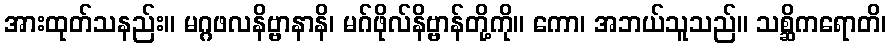
အားထုတ်သနည်း။ မဂ္ဂဖလနိဗ္ဗာနာနိ၊ မဂ်ဖိုလ်နိဗ္ဗာန်တို့ကို။ ကော၊ အဘယ်သူသည်။ သစ္ဆိကရောတိ၊